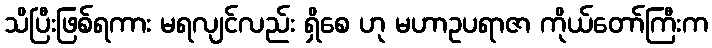
သိပြီးဖြစ်ရကား မရလျင်လည်း ရှိစေ ဟု မဟာဥပရာဇာ ကိုယ်တော်ကြီးက